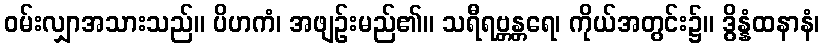
ဝမ်းလျှာအသားသည်။ ပိဟကံ၊ အဖျဉ်းမည်၏။ သရီရဗ္တန္တရေ၊ ကိုယ်အတွင်း၌။ ဒွိန္နံထနာနံ၊